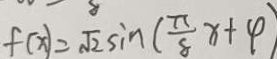
f ( x ) = \sqrt { 2 } \sin ( \frac { \pi } { 8 } x + \varphi )